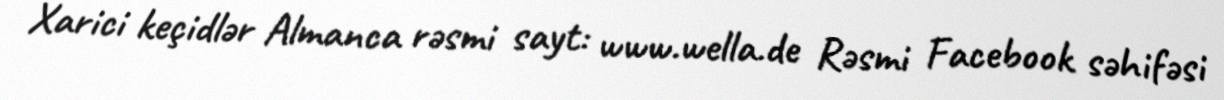
Xarici keçidlər Almanca rəsmi sayt: www.wella.de Rəsmi Facebook səhifəsi